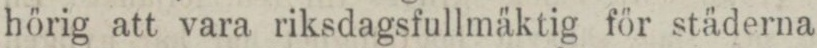
hörig att vara riksdagsfullmäktig för städerna